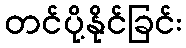
တင်ပို့နိုင်ခြင်း